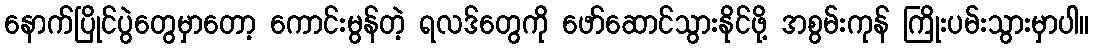
နောက်ပြိုင်ပွဲတွေမှာတော့ ကောင်းမွန်တဲ့ ရလဒ်တွေကို ဖော်ဆောင်သွားနိုင်ဖို့ အစွမ်းကုန် ကြိုးပမ်းသွားမှာပါ။